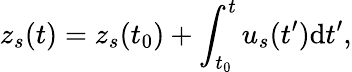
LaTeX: z_{s}(t)=z_{s}(t_{0})+\int_{t_{0}}^{t}u_{s}(t^{\prime})\mathrm{d}t^{\prime},